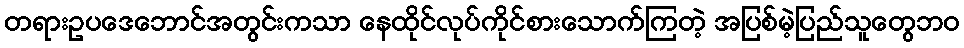
တရားဥပဒေဘောင်အတွင်းကသာ နေထိုင်လုပ်ကိုင်စားသောက်ကြတဲ့ အပြစ်မဲ့ပြည်သူတွေဘဝ